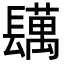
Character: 𨲴